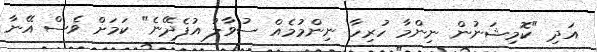
އަދި "ކޮމިޝަނުން ނިންމާ ހުރިހާ ނިންމުމެއް ސުވާލު އުފެދޭނެ" ކަމަށް ވެސް އޭނާ